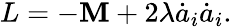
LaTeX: L=-\mathbf{M}+2\lambda\dot{{a}}_{i}\dot{{a}}_{i}.